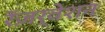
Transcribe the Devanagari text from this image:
रॅज़र्वेशन